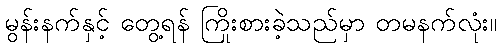
မွန်းနက်နှင့် တွေ့ရန် ကြိုးစားခဲ့သည်မှာ တမနက်လုံး။